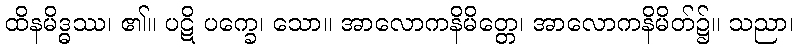
ထိနမိဒ္ဓဿ၊ ၏။ ပဋိ ပက္ခေ၊ သော။ အာလောကနိမိတ္တေ၊ အာလောကနိမိတ်၌။ သညာ၊